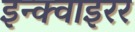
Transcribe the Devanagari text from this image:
इन्क्वाइरर